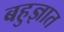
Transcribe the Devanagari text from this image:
बहुज्ञात